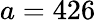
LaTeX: a=426